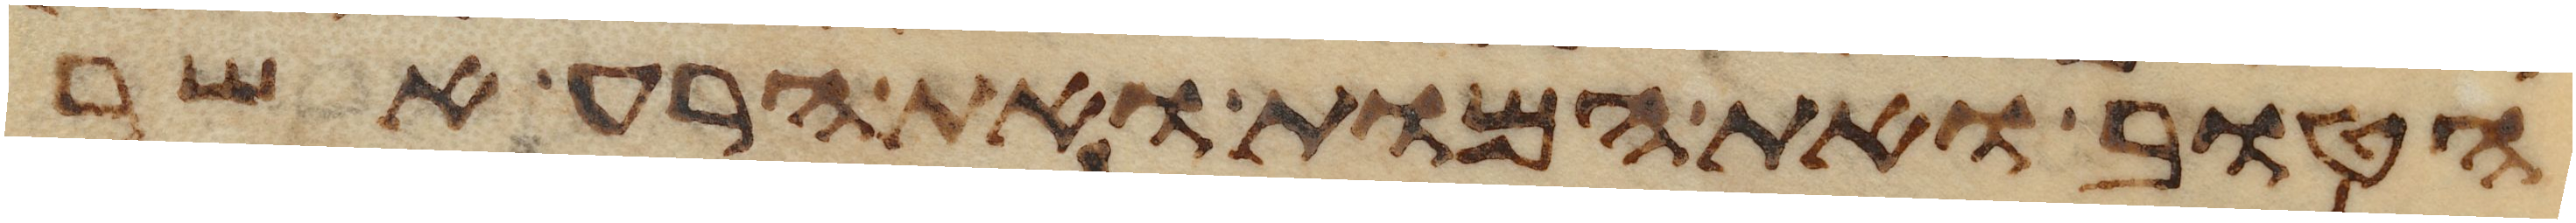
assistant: הטוב ואת המות ואת הרע אשר